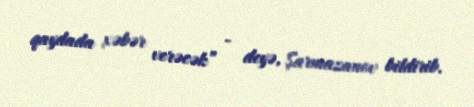
qaydada xəbər verəcək” - deyə, Şarmazanov bildirib.